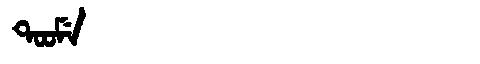
Manchu: ᡨᠣᠣᠮᡝ
Romanization: TOOME